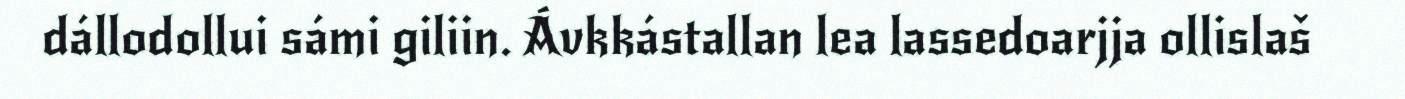
dállodollui sámi giliin. Ávkkástallan lea lassedoarjja ollislaš